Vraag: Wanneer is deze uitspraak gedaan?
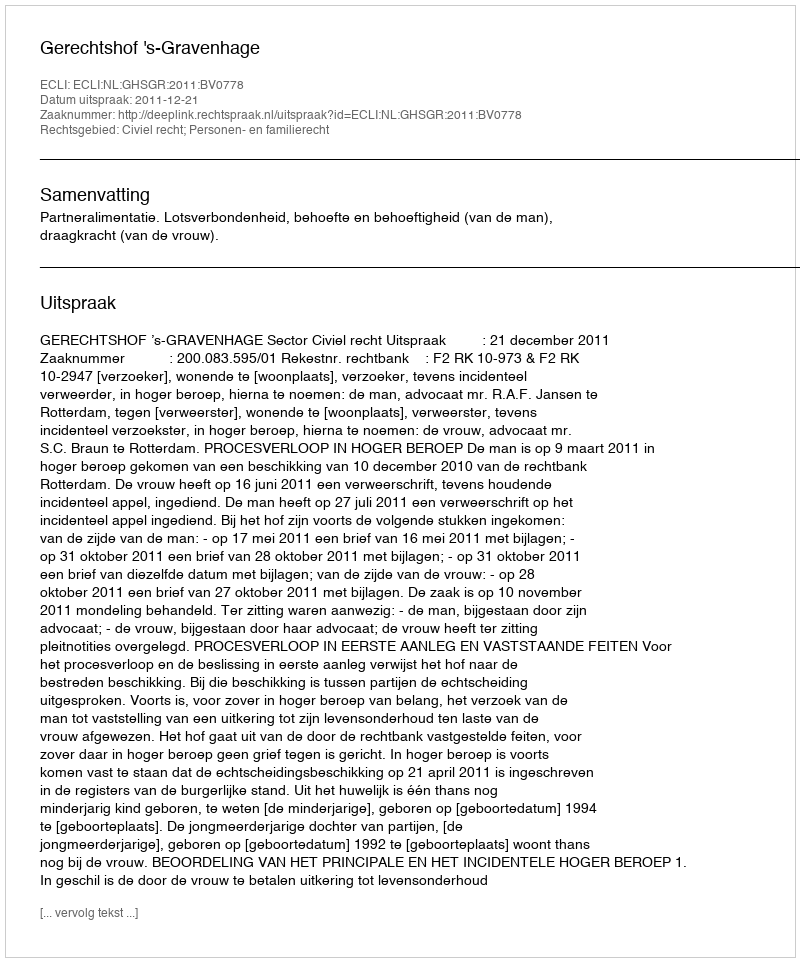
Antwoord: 2011-12-21